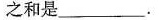
之和是___.